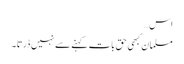
اس…
مسلمان کبھی حق بات کہنے سے نہیں ڈرتا۔